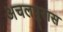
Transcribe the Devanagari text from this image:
अचलपुरास